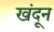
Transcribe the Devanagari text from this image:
खंदून